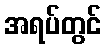
အရပ်တွင်